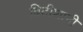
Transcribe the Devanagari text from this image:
ब्रिटीशानी